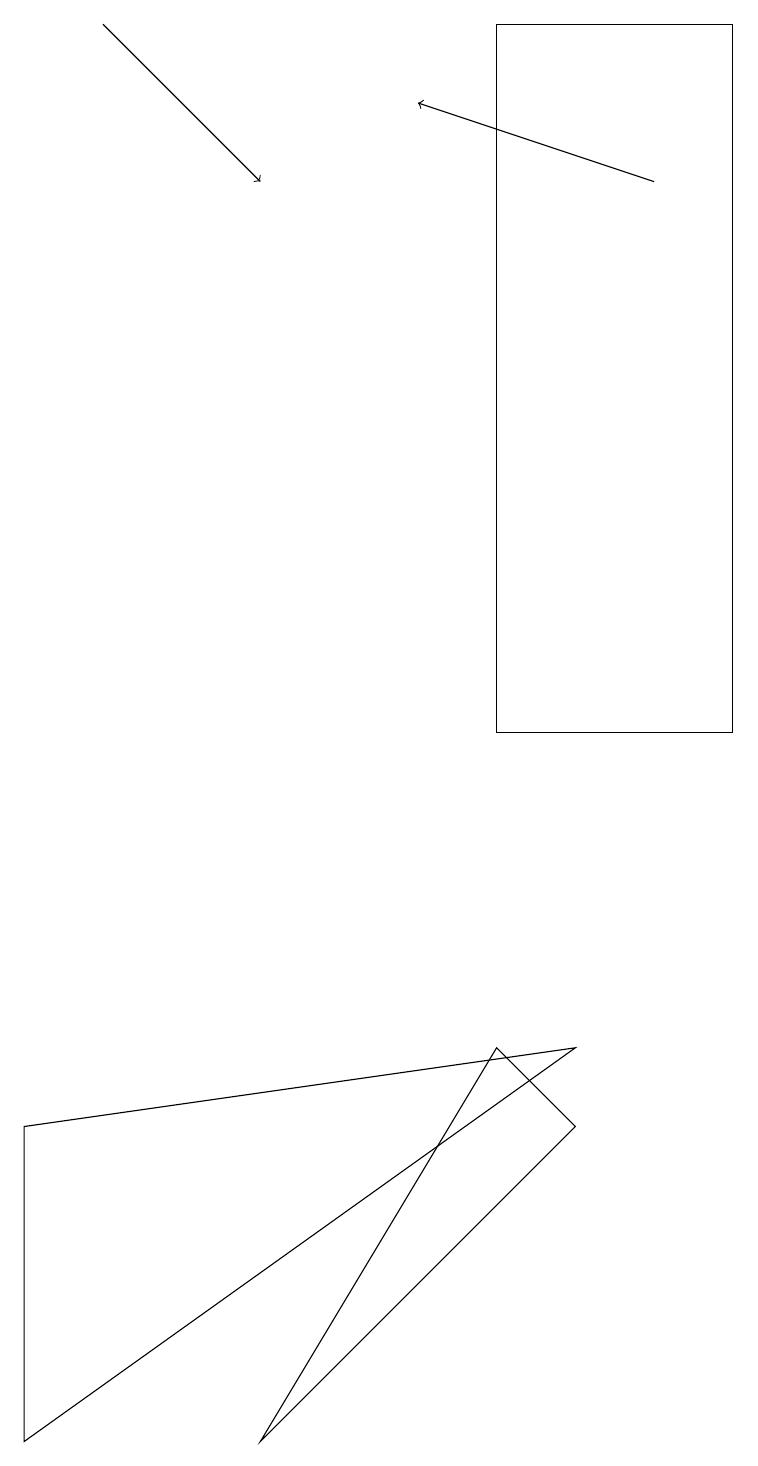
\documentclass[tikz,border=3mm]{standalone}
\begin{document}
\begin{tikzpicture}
\draw (6,19) rectangle (9,10);
\draw (7,5) -- (6,6) -- (3,1) -- cycle;
\draw[->] (1,19) -- (3,17);
\draw[->] (8,17) -- (5,18);
\draw (0,5) -- (7,6) -- (0,1) -- cycle;
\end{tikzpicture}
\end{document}